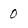
Character: 0